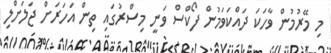
މި މޭރުމުން ވާހަކަ ދައްކަވަމުން ފޯކްސް ވަނީ މިސްރުގައި ތިން އަހަރަށް ޖަލަށްލި